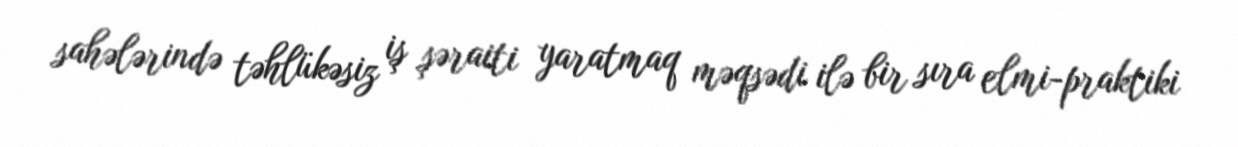
sahələrində təhlükəsiz iş şəraiti yaratmaq məqsədi ilə bir sıra elmi-praktiki